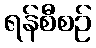
ရန်စီစဉ်